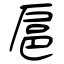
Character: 扈